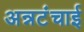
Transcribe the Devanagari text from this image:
अन्नटंचाई